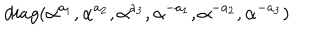
d i a g ( \alpha ^ { a _ { 1 } } , \alpha ^ { a _ { 2 } } , \alpha ^ { a _ { 3 } } , \alpha ^ { - a _ { 1 } } , \alpha ^ { - a _ { 2 } } , \alpha ^ { - a _ { 3 } } )